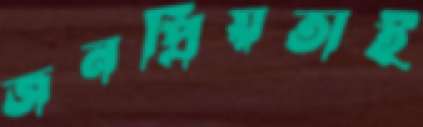
জনপ্রিয়তাই